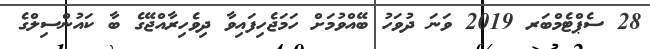
28 ސެޕްޓެމްބަރ 2019 ވަނަ ދުވަހު ބޭއްވުމަށް ހަމަޖެހިފައިވާ ދިވެހިރާއްޖޭގެ ބާ ކައުންސިލްގެ